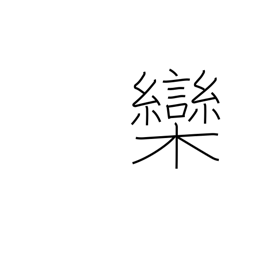
Meaning: chinaberry tree